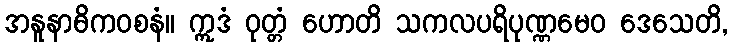
အနူနာဓိကဝစနံ။ ဣဒံ ဝုတ္တံ ဟောတိ သကလပရိပုဏ္ဏမေဝ ဒေသေတိ,